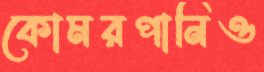
কোমরপানিও